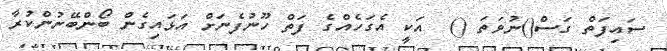
ސައިފަތް ގަސް()ނުވަތަ ()  އަކީ އެގަހެއްގެ ފަތް ހޫނުފެނަށް އަޅައިގެން ބޯންބޭނުންކުރާ